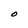
Character: O